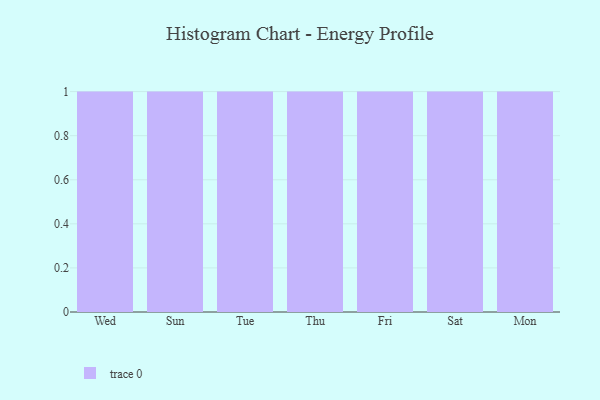
{"axis": {"x": "Day", "y": "Website Visitors"}, "legend": [""], "data": [{"x": "Wed", "y": 3, "type": ""}, {"x": "Sun", "y": 95, "type": ""}, {"x": "Tue", "y": 40, "type": ""}, {"x": "Thu", "y": 91, "type": ""}, {"x": "Fri", "y": 53, "type": ""}, {"x": "Sat", "y": 14, "type": ""}, {"x": "Mon", "y": 48, "type": ""}]}